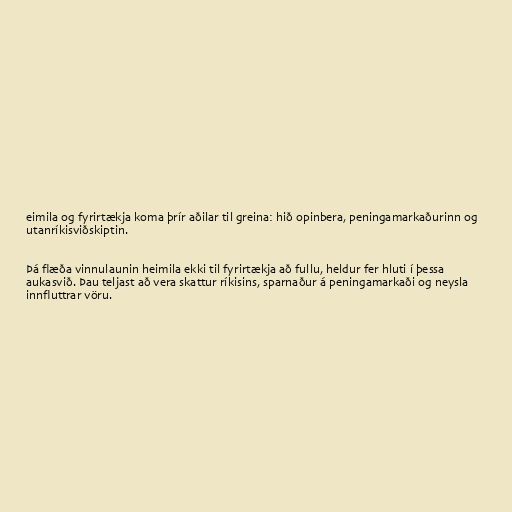
eimila og fyrirtækja koma þrír aðilar til greina: hið opinbera, peningamarkaðurinn og
utanríkisviðskiptin.

Þá flæða vinnulaunin heimila ekki til fyrirtækja að fullu, heldur fer hluti í þessa
aukasvið. Þau teljast að vera skattur ríkisins, sparnaður á peningamarkaði og neysla
innfluttrar vöru.